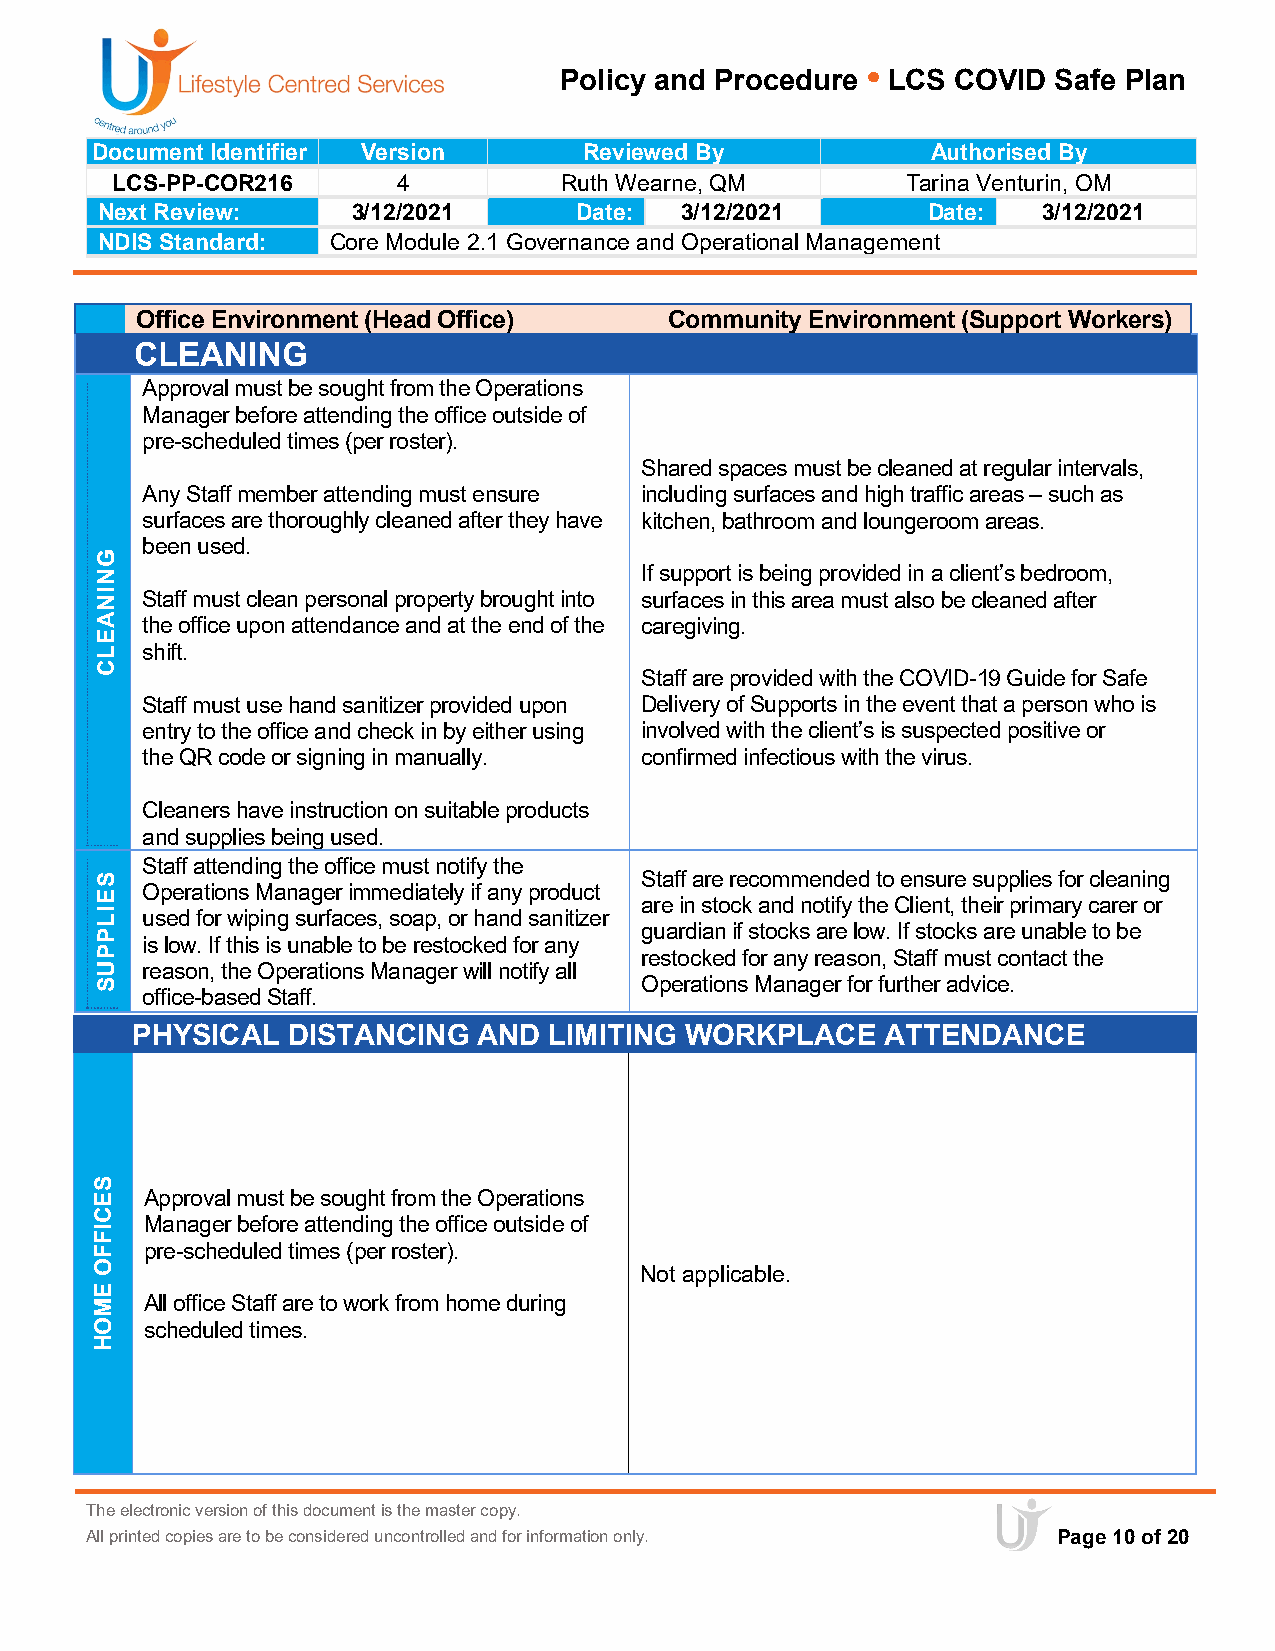
Policy and Procedure • LCS COVID Safe Plan
 Document Identifier Version      Reviewed By            Authorised By
 LCS-PP-COR216      4          Ruth Wearne, QM        Tarina Venturin, OM
 Next Review:     3/12/2021      Date:  3/12/2021       Date:   3/12/2021
 NDIS Standard:  Core Module 2.1 Governance and Operational Management
 Office Environment (Head Office)   Community Environment (Support Workers)
 CLEANING
 Approval must be sought from the Operations
 Manager before attending the office outside of
 pre-scheduled times (per roster).
 Shared spaces must be cleaned at regular intervals,
 Any Staff member attending must ensure including surfaces and high traffic areas – such as
 surfaces are thoroughly cleaned after they have kitchen, bathroom and loungeroom areas.
 been used.
 If support is being provided in a client’s bedroom,
 Staff must clean personal property brought into surfaces in this area must also be cleaned after
 the office upon attendance and at the end of the caregiving.
 shift.
 Staff are provided with the COVID-19 Guide for Safe
 Staff must use hand sanitizer provided upon Delivery of Supports in the event that a person who is
 entry to the office and check in by either using involved with the client’s is suspected positive or
 the QR code or signing in manually. confirmed infectious with the virus.
 Cleaners have instruction on suitable products
 and supplies being used.
 Staff attending the office must notify the
 Staff are recommended to ensure supplies for cleaning
 Operations Manager immediately if any product
 are in stock and notify the Client, their primary carer or
 used for wiping surfaces, soap, or hand sanitizer
 guardian if stocks are low. If stocks are unable to be
 is low. If this is unable to be restocked for any
 restocked for any reason, Staff must contact the
 reason, the Operations Manager will notify all
 Operations Manager for further advice.
 office-based Staff.
 PHYSICAL  DISTANCING   AND LIMITING WORKPLACE     ATTENDANCE
 Approval must be sought from the Operations
 Manager before attending the office outside of
 pre-scheduled times (per roster).
 Not applicable.
 All office Staff are to work from home during
 scheduled times.
 The electronic version of this document is the master copy.
 All printed copies are to be considered uncontrolled and for information only. Page 10 of 20
 GNINAELC
 SEILPPUS
 SECIFFO
 EMOH